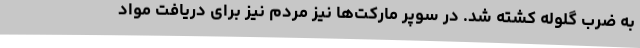
به ضرب گلوله کشته شد. در سوپر مارکت‌ها نیز مردم نیز برای دریافت مواد